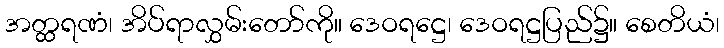
အတ္ထရဏံ၊ အိပ်ရာလွှမ်းတော်ကို။ ဒေဝရဋ္ဌေ၊ ဒေဝရဋ္ဌပြည်၌။ စေတိယံ၊